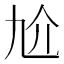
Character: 𠆷